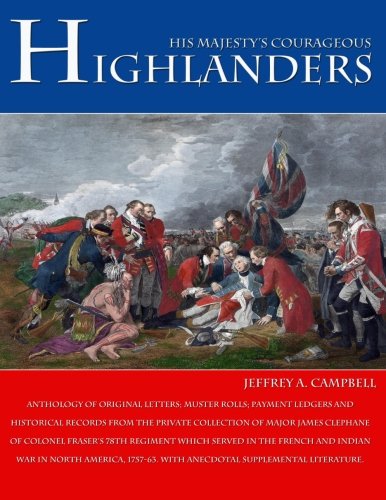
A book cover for His Majesty's Courageous Highlanders; Jeffrey A. Campbell; History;